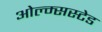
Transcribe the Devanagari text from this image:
ओल्म्सस्टेड